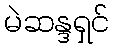
မဲဆန္ဒရှင်